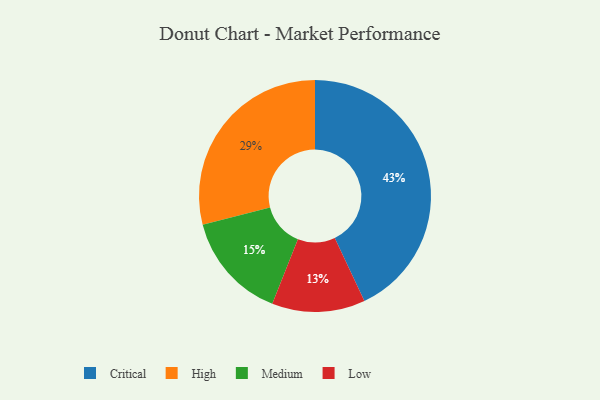
{"axis": {"x": "Category", "y": "Percentage"}, "legend": ["Critical", "High", "Low", "Medium"], "data": [{"x": "Critical", "y": 43, "type": "Critical"}, {"x": "Medium", "y": 15, "type": "Medium"}, {"x": "Low", "y": 13, "type": "Low"}, {"x": "High", "y": 29, "type": "High"}]}